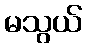
မသွယ်